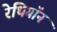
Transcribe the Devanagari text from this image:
रेथियॉन